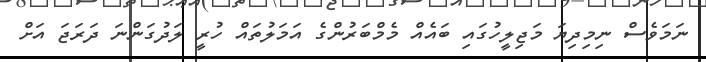
ނަމަވެސް ނިމިދިޔަ މަޖިލީހުގައި ބައެއް މެމްބަރުންގެ އަމަލުތައް ހުރީ ލަދުގަންނަ ދަރަޖަ އަށް